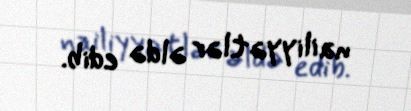
nailiyyətlər əldə edib.